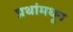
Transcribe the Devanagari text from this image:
प्रथांमधून